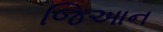
જિઆન